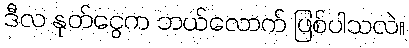
ဒီလ နုတ်ငွေက ဘယ်လောက် ဖြစ်ပါသလဲ။